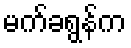
မက်ခရွန်က